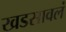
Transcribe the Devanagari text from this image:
खडसावलं